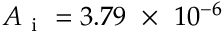
A _ { \mathrm { ~ i ~ } } = 3 . 7 9 ~ \times ~ 1 0 ^ { - 6 }